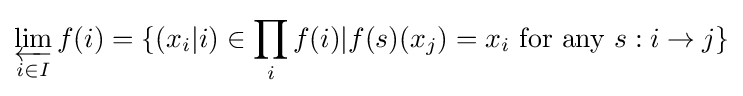
\varprojlim _{i\in I}f(i)=\{(x_{i}|i)\in \prod _{i}f(i)|f(s)(x_{j})=x_{i}{\text{ for any }}s:i\to j\}